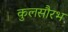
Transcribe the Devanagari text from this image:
कुलसौरभ